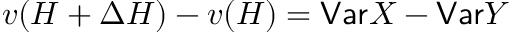
v ( H + \Delta H ) - v ( H ) = \mathsf { V a r } X - \mathsf { V a r } Y